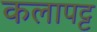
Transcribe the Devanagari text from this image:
कलापट्ट